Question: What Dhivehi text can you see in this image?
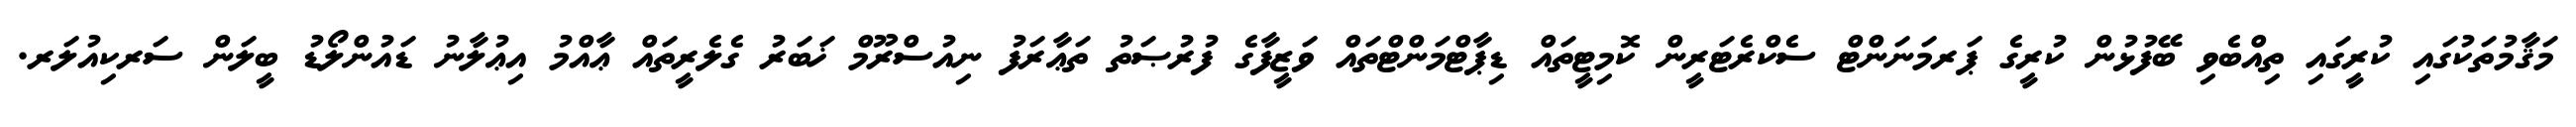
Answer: މަޤާމުތަކުގައި ކުރީގައި ތިއްބެވި ބޭފުޅުން ކުރީގެ ޕަރމަނަންޓް ސެކްރެޓަރީން ކޮމިޓީތައް ޑިޕާޓްމަންޓްތައް ވަޒީފާގެ ފުރުޞަތު ތަޢާރަފު ނިއުސްރޫމް ޚަބަރު ގެލެރީތައް ޢާއްމު އިޢުލާނު ޑައުންލޯޑު ބީލަން ސަރކިއުލަރ.